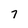
Character: 7